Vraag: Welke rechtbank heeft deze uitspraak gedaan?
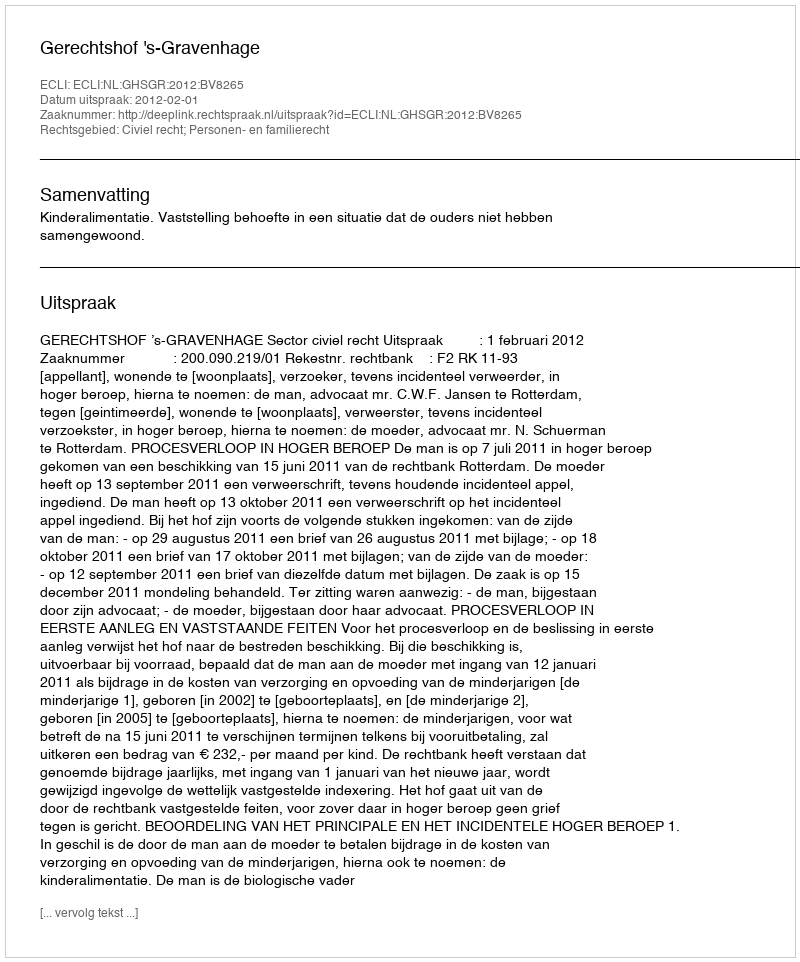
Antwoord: Gerechtshof 's-Gravenhage